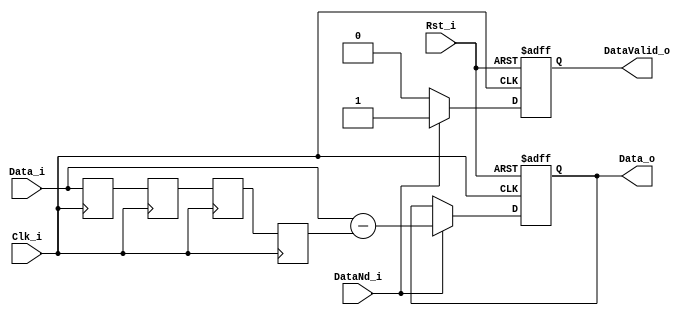
`timescale 1ns / 1ps
//////////////////////////////////////////////////////////////////////////////////
// Company: 
// 
// Create Date:    
// Design Name: 
// Module Name:    CombFilterBlock 
// Project Name: 
// Target Devices: 
// Tool versions: 
// Description: 
//
// Dependencies: 
//
// Revision: 
// Revision 0.01 - File Created
// Additional Comments: 
// 
// 
//////////////////////////////////////////////////////////////////////////////////

module CombFilterBlock 
#(
	parameter	M=4,
	parameter	OutDataWidth	=	18
)
(
	input Clk_i,
	input Rst_i,
	input [OutDataWidth-1:0] Data_i,
	input DataNd_i,
	output [OutDataWidth-1:0] Data_o,
	output DataValid_o
);

//================================================================================
//	REG/WIRE
	
	reg signed	[OutDataWidth-1:0] sumResult;
	reg	dataValid;
	
	reg	signed	[OutDataWidth-1:0] delData [M-1:0];
	
//================================================================================
//	ASSIGNMENTS

	assign Data_o = sumResult;
	assign DataValid_o = dataValid;

//================================================================================
//	CODING	

	genvar i;
	generate 
		for (i=0; i<M; i=i+1) begin: DelayGen
			always @(posedge Clk_i) begin
				if (i==0) begin
					delData [i] <= Data_i;
				end	else	begin
					delData [i] <= delData[i-1];
				end
			end
		end
	endgenerate 

	always @(posedge Clk_i or posedge Rst_i) begin
		if (Rst_i) begin
			sumResult <= {OutDataWidth{1'b0}};
			dataValid <= 1'b0;
		end else begin
			if (DataNd_i) begin
				sumResult <= Data_i-delData[M-1];
				dataValid <= 1'b1;
			end else begin
				dataValid <= 1'b0;
			end
		end
	end

endmodule